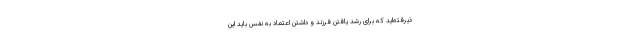
ذیرفته‌اید که برای رشد یافتن فرزند و داشتن اعتماد به نفس باید این